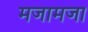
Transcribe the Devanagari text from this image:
मजामजा